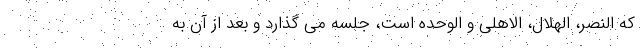
که النصر، الهلال، الاهلی و الوحده است، جلسه می گذارد و بعد از آن به